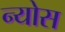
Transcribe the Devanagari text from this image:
न्योस